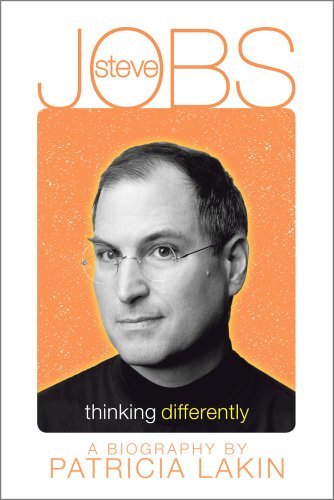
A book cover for Steve Jobs: Thinking Differently; Patricia Lakin; Children's Books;